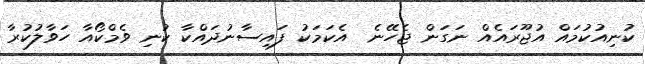
ކުނިއުކުމައް އުޖޫރައެއް ނަގަން ޖެހޭނެ  އެކަމަކު ފައިސާނުދައްކާ ކުނި ވެމްކޯއާ ހަވާލުކުރާ